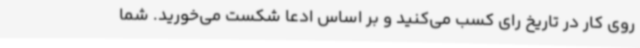
روی کار در تاریخ رای کسب می‌کنید و بر اساس ادعا شکست می‌خورید. شما